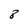
Character: 8